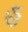
હ